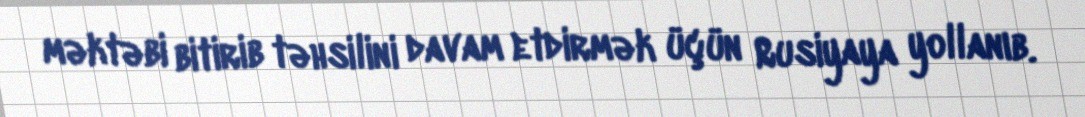
məktəbi bitirib təhsilini davam etdirmək üçün Rusiyaya yollanıb.